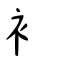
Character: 衤